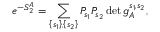
e ^ { - S _ { 2 } ^ { A } } = \sum _ { \left\{ s _ { 1 } \right\} , \left\{ s _ { 2 } \right\} } P _ { s _ { 1 } } P _ { s _ { 2 } } \operatorname* { d e t } g _ { A } ^ { s _ { 1 } , s _ { 2 } } ,